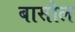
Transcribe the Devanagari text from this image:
बासोल